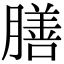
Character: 膳